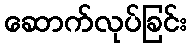
ဆောက်လုပ်ခြင်း